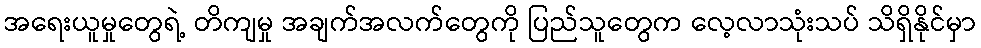
အရေးယူမှုတွေရဲ့ တိကျမှု အချက်အလက်တွေကို ပြည်သူတွေက လေ့လာသုံးသပ် သိရှိနိုင်မှာ